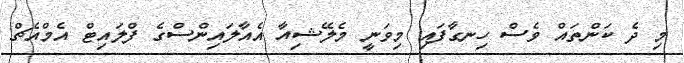
މި ދެ ކަންތައް ވެސް ހިނގާފައި މިވަނީ މެލޭޝިއާ އެއާލައިންސްގެ ފްލައިޓް އެމްއެޗް